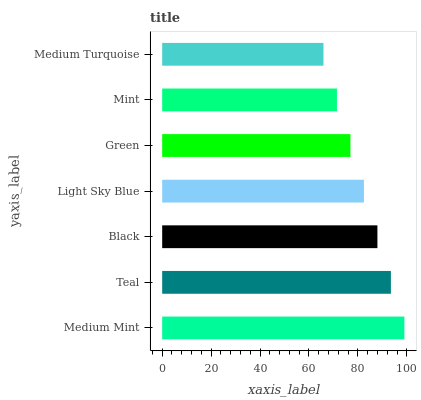
| yaxis_label | bars |
 | --- | --- |
 | Medium Mint | 99 |
 | Teal | 93.5 |
 | Black | 88 |
 | Light Sky Blue | 82.5 |
 | Green | 76.9 |
 | Mint | 71.4 |
 | Medium Turquoise | 65.9 |